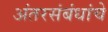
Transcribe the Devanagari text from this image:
अंतरसंबंधांचे